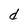
Character: d